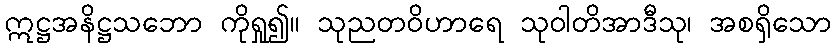
ဣဋ္ဌအနိဋ္ဌသဘော ကိုရှု၍။ သုညတဝိဟာရေ သုဝါတိအာဒီသု၊ အစရှိသော